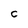
Character: c